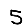
Digit: 5